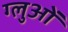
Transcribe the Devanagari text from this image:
ग्लुओं